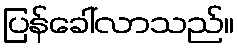
ပြန်ခေါ်လာသည်။